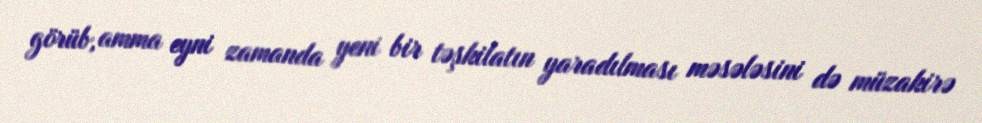
görüb, amma eyni zamanda yeni bir təşkilatın yaradılması məsələsini də müzakirə